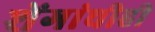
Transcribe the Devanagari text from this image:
शेंगांचीही